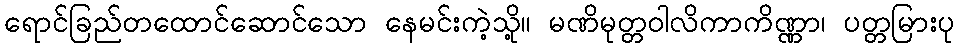
ရောင်ခြည်တထောင်ဆောင်သော နေမင်းကဲ့သို့။ မဏိမုတ္တဝါလိကာကိဏ္ဏာ၊ ပတ္တမြားပု